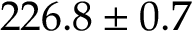
2 2 6 . 8 \pm 0 . 7